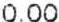
0.00